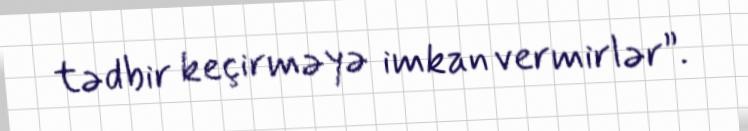
tədbir keçirməyə imkan vermirlər”.